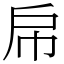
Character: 帍